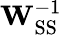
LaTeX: \mathbf{W}_{\mathrm{SS}}^{-1}